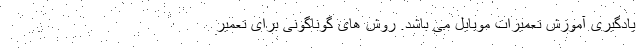
یادگیری آموزش تعمیرات موبایل می باشد. روش های گوناگونی برای تعمیر